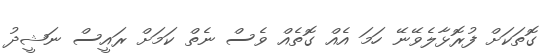
ގޮތަކަށް ފުރޮޅާލެވޭނޭ ހަމަ އެއް ގޮތެއް ވެސް ނެތް ކަމަށް ރައީސް ނަޝީދު